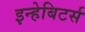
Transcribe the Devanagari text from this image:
इन्हेबिटर्स